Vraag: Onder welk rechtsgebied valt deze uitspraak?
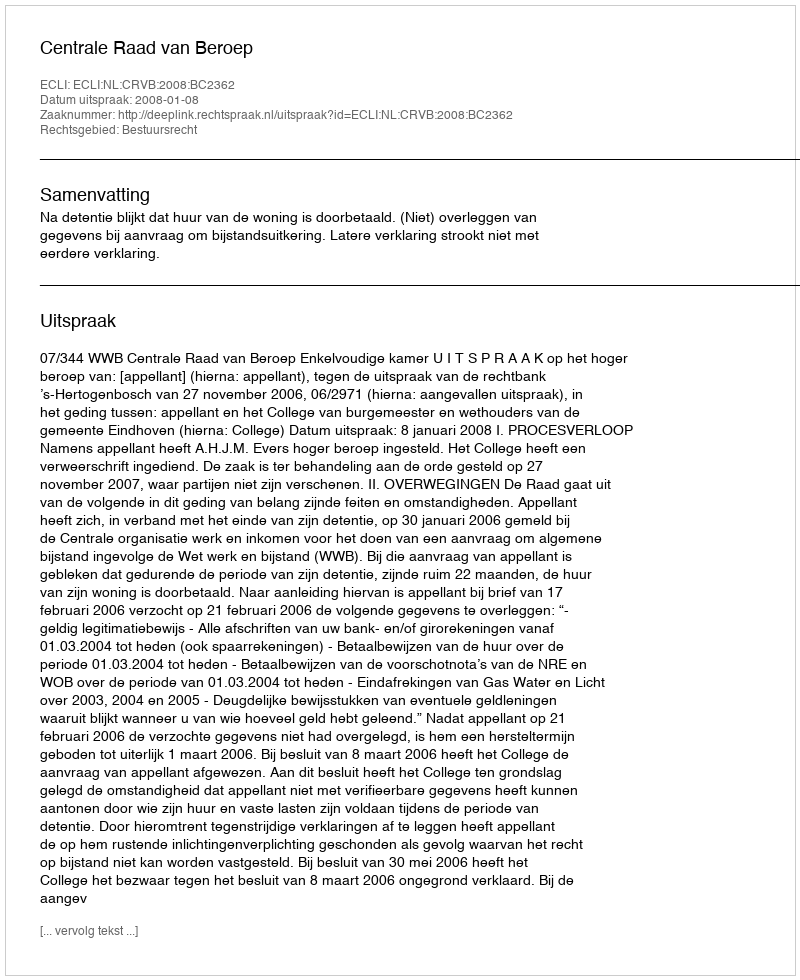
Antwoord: Bestuursrecht